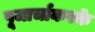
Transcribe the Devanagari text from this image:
पूजार्चाकरके